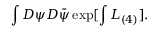
\int { \cal D } \psi { \cal D } \bar { \psi } \exp [ \int { \cal L } _ { ( 4 ) } ] .